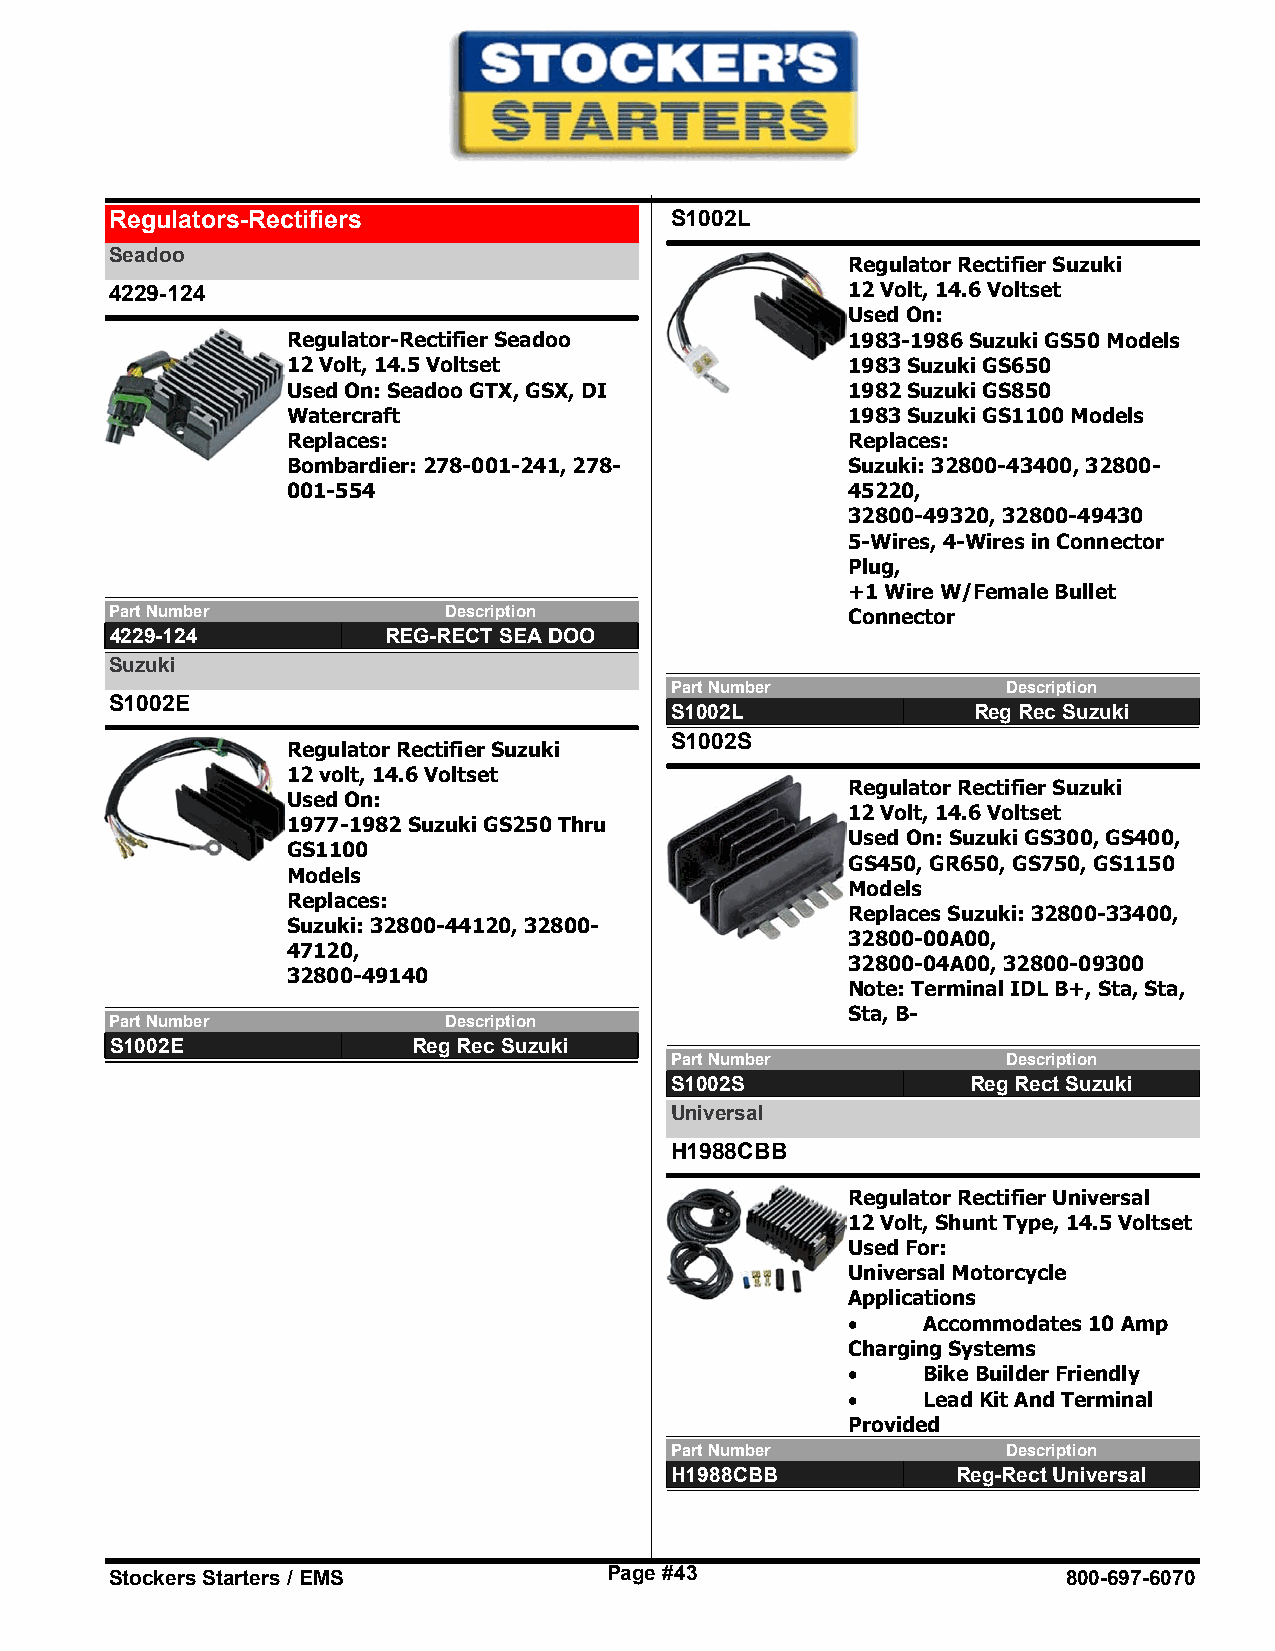
Regulators-Rectifiers                S1002L
 Seadoo
 Regulator Rectifier Suzuki
 4229-124                                         12 Volt, 14.6 Voltset
 Used On:
 Regulator-Rectifier Seadoo           1983-1986 Suzuki GS50 Models
 12 Volt, 14.5 Voltset                1983 Suzuki GS650
 Used On: Seadoo GTX, GSX, DI         1982 Suzuki GS850
 Watercraft                           1983 Suzuki GS1100 Models
 Replaces:                            Replaces:
 Bombardier: 278-001-241, 278-        Suzuki: 32800-43400, 32800-
 001-554                              45220,
 32800-49320, 32800-49430
 5-Wires, 4-Wires in Connector
 Plug,
 +1 Wire W/Female Bullet
 Part Number           Description                Connector
 4229-124          REG-RECT SEA DOO
 Suzuki
 Part Number            Description
 S1002E
 S1002L              Reg Rec Suzuki
 S1002S
 Regulator Rectifier Suzuki
 12 volt, 14.6 Voltset
 Regulator Rectifier Suzuki
 Used On:
 12 Volt, 14.6 Voltset
 1977-1982 Suzuki GS250 Thru
 Used On: Suzuki GS300, GS400,
 GS1100
 GS450, GR650, GS750, GS1150
 Models
 Models
 Replaces:
 Replaces Suzuki: 32800-33400,
 Suzuki: 32800-44120, 32800-
 32800-00A00,
 47120,
 32800-04A00, 32800-09300
 32800-49140
 Note: Terminal IDL B+, Sta, Sta,
 Sta, B-
 Part Number           Description
 S1002E              Reg Rec Suzuki
 Part Number            Description
 S1002S              Reg Rect Suzuki
 Universal
 H1988CBB
 Regulator Rectifier Universal
 12 Volt, Shunt Type, 14.5 Voltset
 Used For:
 Universal Motorcycle
 Applications
 ·    Accommodates 10 Amp
 Charging Systems
 ·    Bike Builder Friendly
 ·    Lead Kit And Terminal
 Provided
 Part Number            Description
 H1988CBB           Reg-Rect Universal
 Stockers Starters / EMS          Page #43                       800-697-6070